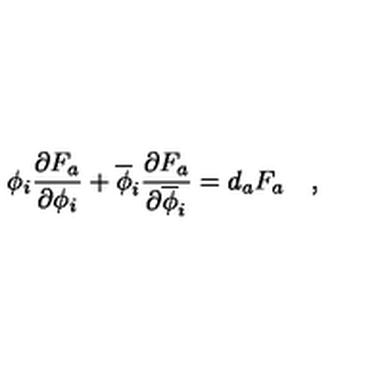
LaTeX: \phi _ { i } { \frac { \partial F _ { a } } { \partial \phi _ { i } } } + \overline { { \phi } } _ { i } { \frac { \partial F _ { a } } { \partial \overline { \phi } _ { i } } } = d _ { a } F _ { a } \quad ,